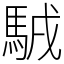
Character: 𩣊